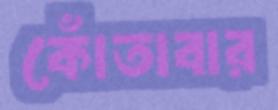
কোঁতাবার